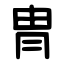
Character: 冑